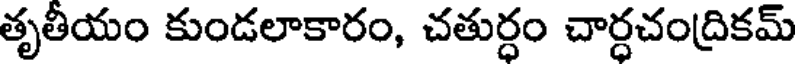
తృతీయం కుండలాకారం, చతుర్ధం చార్ధచంద్రికమ్